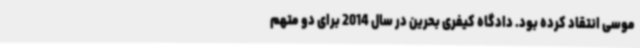
موسی انتقاد کرده بود. دادگاه کیفری بحرین در سال 2014 برای دو متهم